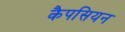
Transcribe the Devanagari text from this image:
कैपसियन